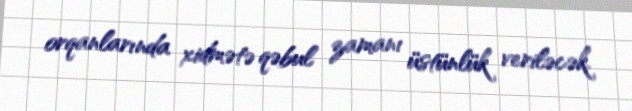
orqanlarında xidmətə qəbul zamanı üstünlük veriləcək.